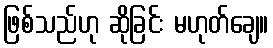
ဖြစ်သည်ဟု ဆိုခြင်း မဟုတ်ချေ။